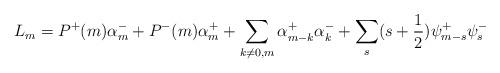
LaTeX: \begin{align*}L_m=P^{+}(m)\alpha ^{-}_{m}+P^{-}(m)\alpha ^{+}_{m}+\sum_{k\ne 0,m}\alpha ^{+}_{m-k}\alpha^{-}_{k}+ \sum_{s}(s+\frac{1}{2})\psi ^{+}_{m-s}\psi ^{-}_{s}\end{align*}